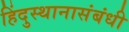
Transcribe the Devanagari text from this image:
हिंदुस्थानासंबंधी